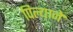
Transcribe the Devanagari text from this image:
पिल्याने